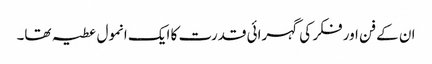
ان کے فن اور فکر کی گہرائی قدرت کا ایک انمول عطیہ تھا۔